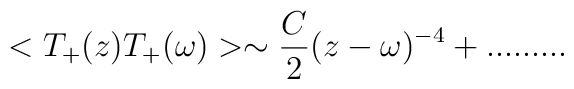
< T_+(z)T_+(\omega)>\sim \frac{C}{2}(z-\omega)^{-4}+.........